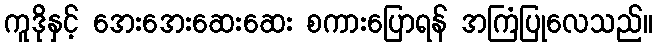
ကူဒိုနှင့် အေးအေးဆေးဆေး စကားပြောရန် အကြံပြုလေသည်။